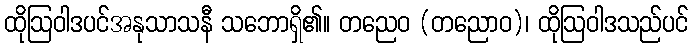
ထိုဩဝါဒပင်အနုသာသနီ သဘောရှိ၏။ တညေဝ (တညောဝ)၊ ထိုဩဝါဒသည်ပင်